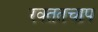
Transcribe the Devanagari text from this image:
रक्ततचाप